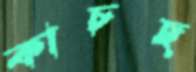
কাচছ